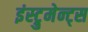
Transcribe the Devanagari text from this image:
इंस्ट्रुमेन्ट्स